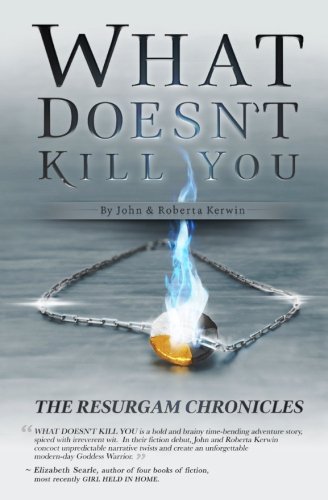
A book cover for What Doesn't Kill You (The Resurgam Chronicles) (Volume 1); Roberta Kerwin; Literature & Fiction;